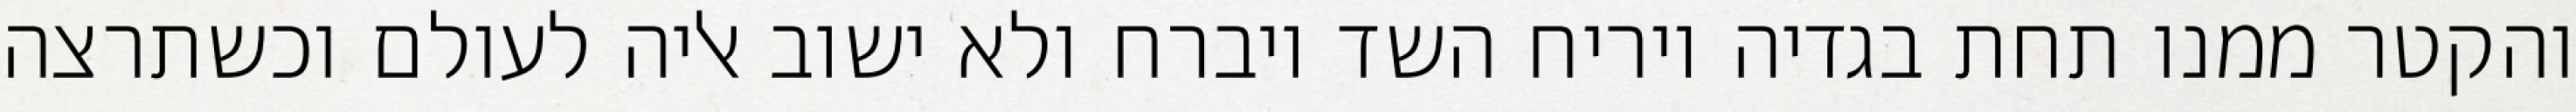
והקטר ממנו תחת בגדיה ויריח השד ויברח ולא ישוב אליה לעולם וכשתרצה